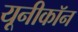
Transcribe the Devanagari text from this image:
यूनीकॉन